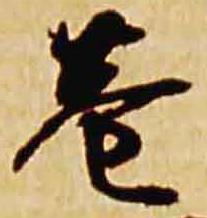
巷